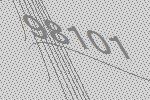
98101